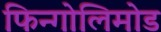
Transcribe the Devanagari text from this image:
फिन्गोलिमोड